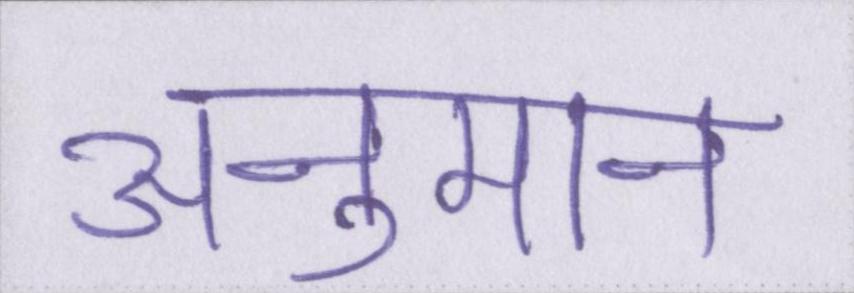
अनुमान